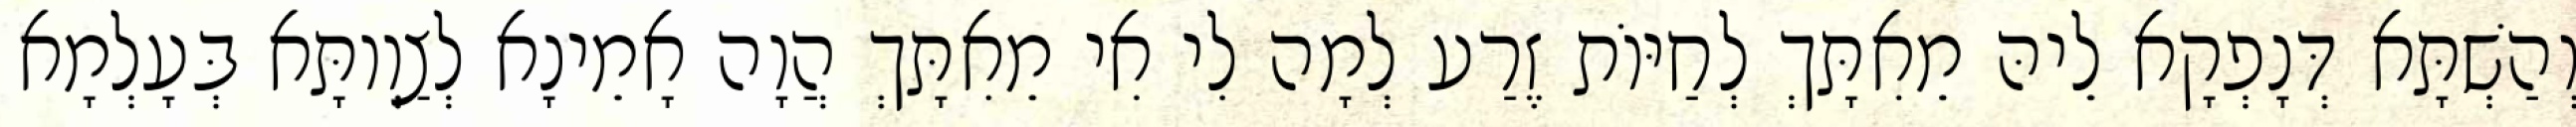
וְהַשְׁתָּא דְּנָפְקָא לֵיהּ מֵאִתָּךְ לְחַיּוֹת זֶרַע לְמָה לִי אִי מֵאִתָּךְ הֲוָה אָמֵינָא לְצַוְותָּא בְּעָלְמָא